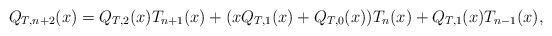
LaTeX: \begin{align*}Q_{T,n+2}(x)=Q_{T,2}(x)T_{n+1}(x)+(xQ_{T,1}(x)+Q_{T,0}(x))T_{n}(x)+Q_{T,1}(x)T_{n-1}(x),\end{align*}